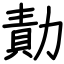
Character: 勣